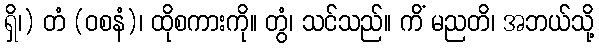
ရှိ၊) တံ (ဝစနံ)၊ ထိုစကားကို။ တွံ၊ သင်သည်။ ကိံ မညတိ၊ အဘယ်သို့